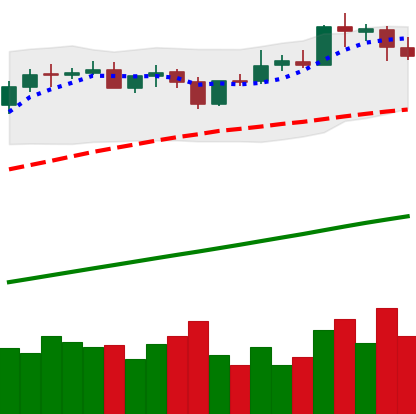
Ticker: BTC-USD
Chart end date: 2021-04-17
Forward return: -14.702%
Label: down_7plus